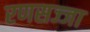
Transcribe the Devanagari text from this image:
रणसज्जा